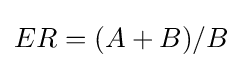
ER=(A+B)/B